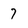
Character: 7